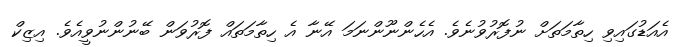
އެއަޑުގައިވި ހިތާމަތަށް ނުފޮރުވުނެވެ. އެހެންނޫންނަމަ އޭނާ އެ ހިތާމަތައް ފޮރުވަން ބޭނުންނުވީއެވެ. އިޒިކް